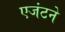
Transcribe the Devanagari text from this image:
एजंटने